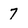
Character: 7